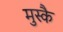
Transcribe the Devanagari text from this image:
मुस्कै